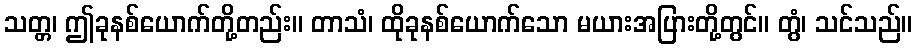
သတ္တ၊ ဤခုနစ်ယောက်တို့တည်း။ တာသံ၊ ထိုခုနစ်ယောက်သော မယားအပြားတို့တွင်။ တွံ၊ သင်သည်။